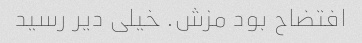
افتضاح بود مزش. خیلی دیر رسید